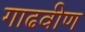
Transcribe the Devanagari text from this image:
गाढवीण